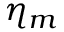
\eta _ { m }